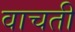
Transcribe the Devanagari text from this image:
वाचती